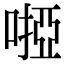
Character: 𠻺